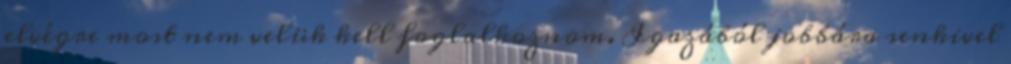
elvégre most nem velük kell foglalkoznom. Igazából jobbára senkivel